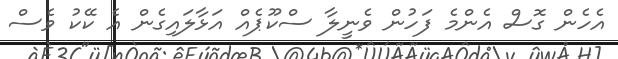
އެހެން ގޮސް އެންމެ ފަހުން ވެނީލާ ސްކޫޕެއް އަޅާލައިގެން އެ ކޭކު ވެސް